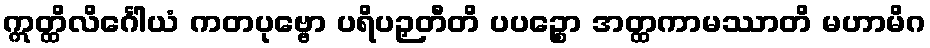
ဣတ္ထိလိင်္ဂေါယံ ကတပုဗ္ဗော ပရိပဉှတီတိ ပပဉ္စော အတ္ထကာမဿာတိ မဟာမိဂ